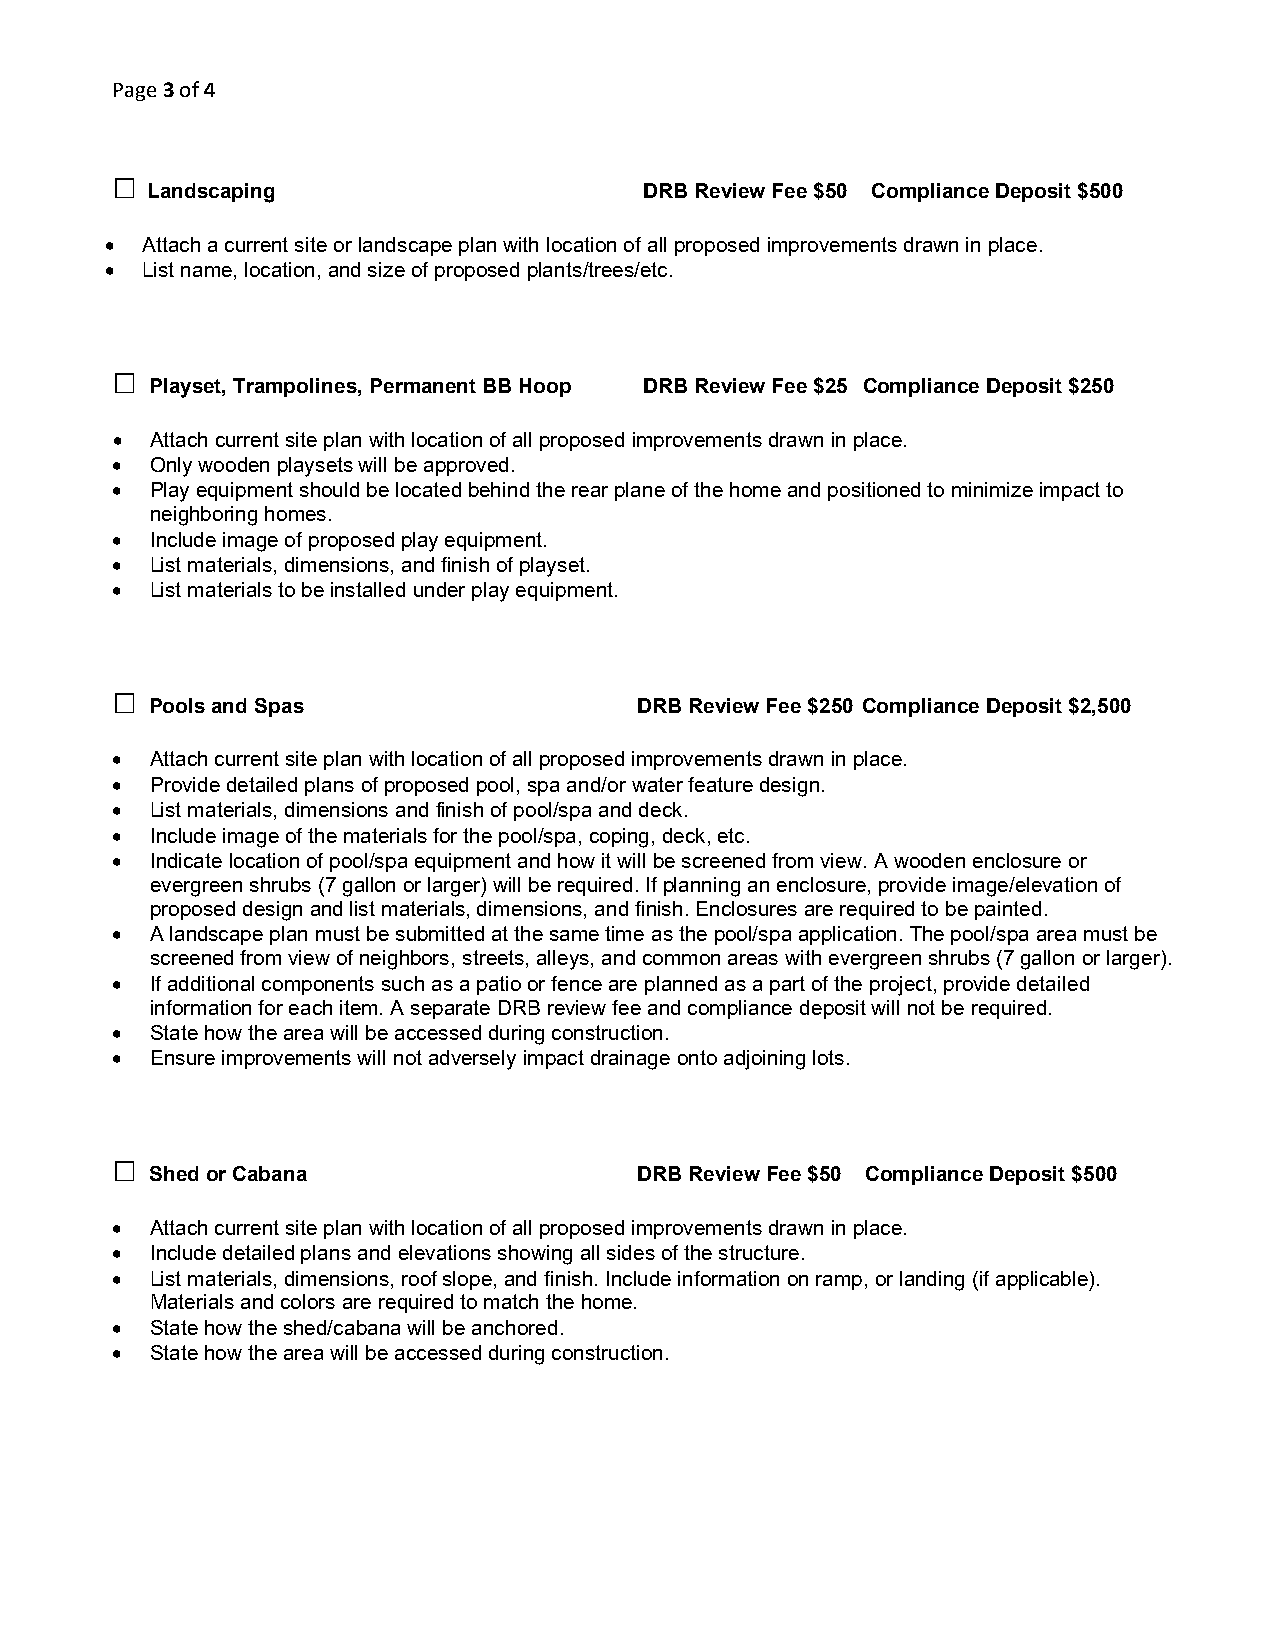
Page 3 of 4
 □
 Landscaping                      DRB Review Fee $50 Compliance Deposit $500
 • Attach a current site or landscape plan with location of all proposed improvements drawn in place.
 • List name, location, and size of proposed plants/trees/etc.
 □
 Playset, Trampolines, Permanent BB Hoop DRB Review Fee $25 Compliance Deposit $250
 •  Attach current site plan with location of all proposed improvements drawn in place.
 •  Only wooden playsets will be approved.
 •  Play equipment should be located behind the rear plane of the home and positioned to minimize impact to
 neighboring homes.
 •  Include image of proposed play equipment.
 •  List materials, dimensions, and finish of playset.
 •  List materials to be installed under play equipment.
 □
 Pools and Spas                  DRB Review Fee $250 Compliance Deposit $2,500
 •  Attach current site plan with location of all proposed improvements drawn in place.
 •  Provide detailed plans of proposed pool, spa and/or water feature design.
 •  List materials, dimensions and finish of pool/spa and deck.
 •  Include image of the materials for the pool/spa, coping, deck, etc.
 •  Indicate location of pool/spa equipment and how it will be screened from view. A wooden enclosure or
 evergreen shrubs (7 gallon or larger) will be required. If planning an enclosure, provide image/elevation of
 proposed design and list materials, dimensions, and finish. Enclosures are required to be painted.
 •  A landscape plan must be submitted at the same time as the pool/spa application. The pool/spa area must be
 screened from view of neighbors, streets, alleys, and common areas with evergreen shrubs (7 gallon or larger).
 •  If additional components such as a patio or fence are planned as a part of the project, provide detailed
 information for each item. A separate DRB review fee and compliance deposit will not be required.
 •  State how the area will be accessed during construction.
 •  Ensure improvements will not adversely impact drainage onto adjoining lots.
 □
 Shed or Cabana                  DRB Review Fee $50 Compliance Deposit $500
 •  Attach current site plan with location of all proposed improvements drawn in place.
 •  Include detailed plans and elevations showing all sides of the structure.
 •  List materials, dimensions, roof slope, and finish. Include information on ramp, or landing (if applicable).
 Materials and colors are required to match the home.
 •  State how the shed/cabana will be anchored.
 •  State how the area will be accessed during construction.